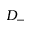
D _ { - }